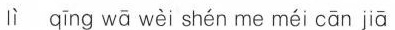
lì qīng wā wèi shén me méi cān jiā